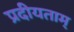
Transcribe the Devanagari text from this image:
प्रदीयताम्